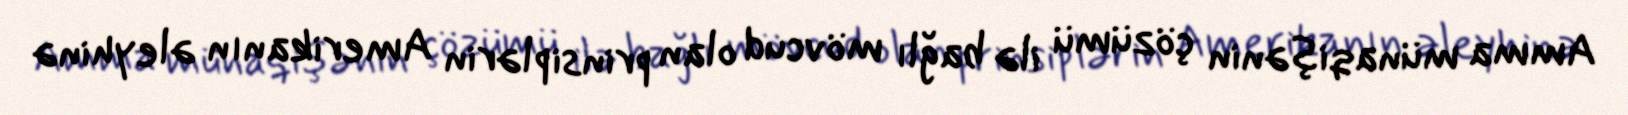
Amma münaqişənin çözümü ilə bağlı mövcud olan prinsiplərin Amerikanın əleyhinə